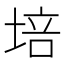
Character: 培